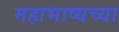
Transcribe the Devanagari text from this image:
महाभाष्यच्या